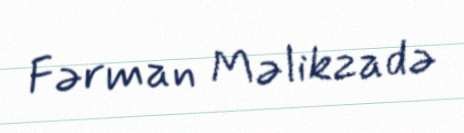
Fərman Məlikzadə